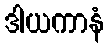
ဒါယကာနံ